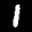
Label: 1